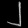
Digit: ၂